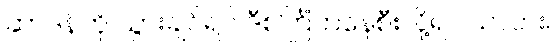
ဆာဒန်ကို သွားချင်ရင် ဒီစင်္ကြံကနေစီးလို့ရပါသလား။